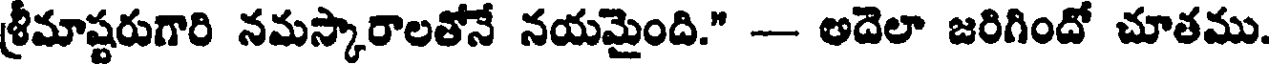
శ్రీమాష్టరుగారి నమస్కారాలతోనే నయమైంది." -- అదెలా జరిగిందో చూతము.